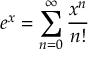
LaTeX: e ^ { x } = \sum _ { n = 0 } ^ { \infty } { \frac { x ^ { n } } { n ! } }